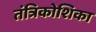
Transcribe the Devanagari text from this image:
तंत्रिकोशिका